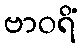
ဗာဝရိံ